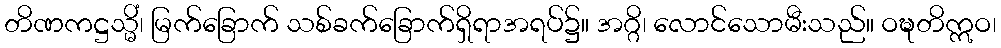
တိဏကဋ္ဌသ္မိံ၊ မြက်ခြောက် သစ်ခက်ခြောက်ရှိရာအရပ်၌။ အဂ္ဂိ၊ လောင်သောမီးသည်။ ဝဍ္ဎတိဣဝ၊